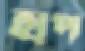
হাপ